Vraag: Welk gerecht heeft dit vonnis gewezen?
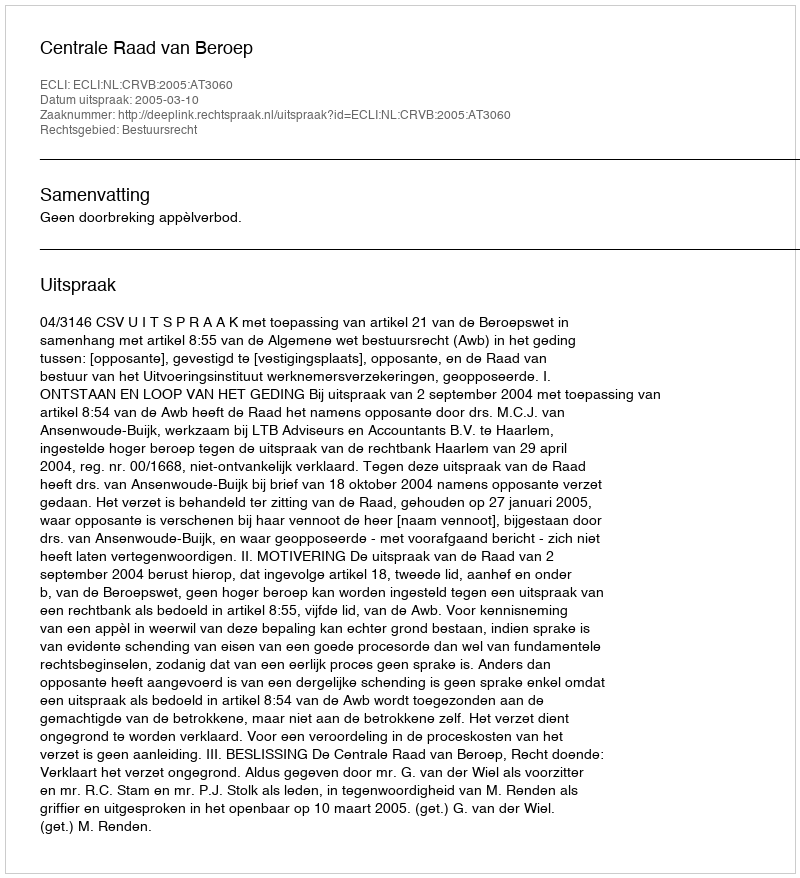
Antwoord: Centrale Raad van Beroep